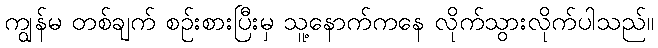
ကျွန်မ တစ်ချက် စဉ်းစားပြီးမှ သူ့နောက်ကနေ လိုက်သွားလိုက်ပါသည်။